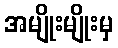
အမျိုးမျိုးမှ